Civil Veterinary Department Bihar & Orissa reports 1922-29 - 1922-1929
Year: 1922
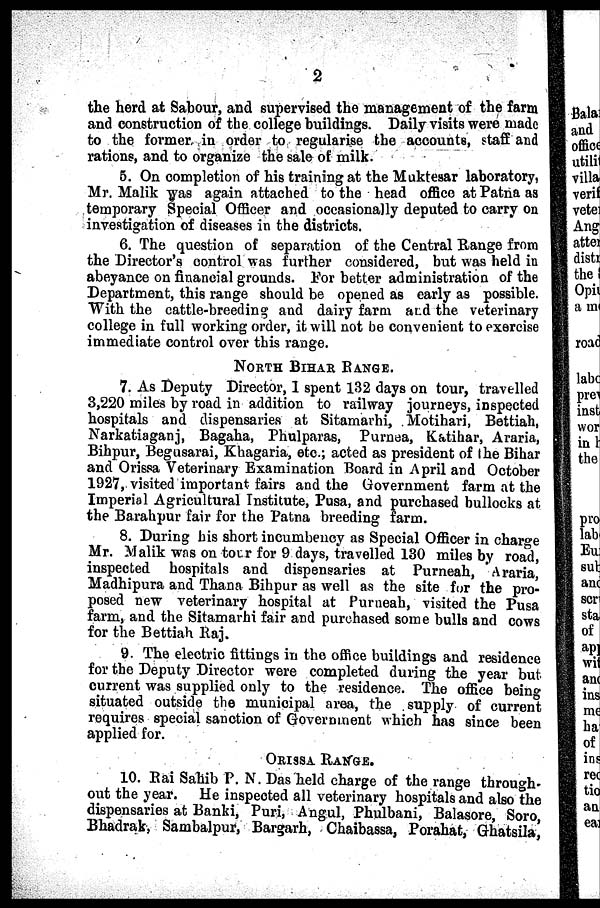
2
the herd at Sahour, and supervised the management of the farm
and construction of the college buildings. Daily visits were made
to the former, in order to regularise the accounts, staff and
rations, and to organize the sale of milk.
5. On completion of his training at the Muktesar laboratory,
Mr. Malik was again attached to the head office at Patna as
temporary Special Officer and occasionally deputed to carry on
investigation of diseases in the districts.
6. The question of separation of the Central Range from
the Director's control was further considered, but was held in
abeyance on financial grounds. For better administration of the
Department, this range should be opened as early as possible.
With the cattle-breeding and dairy farm and the veterinary
college in full working order, it will not be convenient to exercise
immediate control over this range.
NORTH BIHAR RANGE.
7. As Deputy Director, 1 spent 132 days on tour, travelled
3,220 miles by road in addition to railway journeys, inspected
hospitals and dispensaries at Sitamarhi, Motihari, Bettiah,
Narkatiaganj, Bagaha, Phulparas, Purnea, Katihar, Araria,
Bihpur, Begusarai, Khagaria, etc.; acted as president of the Bihar
and Orissa Veterinary Examination Board in April and October
1927, visited important fairs and the Government farm at the
Imperial Agricultural Institute, Pusa, and purchased bullocks at
the Barahpur fair for the Patna breeding farm.
8. During his short incumbency as Special Officer in charge
Mr. Malik was on tour for 9 days, travelled 130 miles by road,
inspected hospitals and dispensaries at Purneah, Araria,
Madhipura and Thana Bihpur as well as the site for the pro-
posed new veterinary hospital at Purneah, visited the Pusa
farm, and the Sitamarhi fair and purchased some bulls and cows
for the Bettiah Raj.
9. The electric fittings in the office buildings and residence
for the Deputy Director were completed during the year but
current was supplied only to the residence. The office being
situated outside the municipal area, the supply of current
requires special sanction of Government which has since been
applied for.
ORISSA RANGE.
10. Rai Sahib P. N. Das held charge of the range through-
out the year. He inspected all veterinary hospitals and also the
dispensaries at Banki, Puri, Angul, Phulbani, Balasore, Soro,
Bhadrak, Sambalpur, Bargarh, Chaibassa, Porahat, Ghatsila,